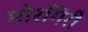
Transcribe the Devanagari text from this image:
मोरगिरी